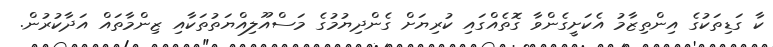
ކާ ގަޑިތަކުގެ އިންތިޒާމު އެކަށީގެންވާ ގޮތެއްގައި ކުރިޔަށް ގެންދިޔުމުގެ މަސްއޫލިއްޔަތުތަކާއި ޒިންމާތައް އަދާކުރުން.